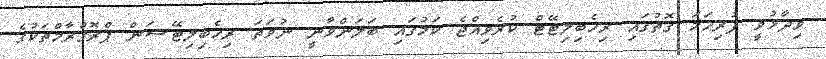
ވިދާޅުވީ ފުރިހަމަ ގޮތުގައި ރިހެބިލިޓޭޓް ކުރެވިއްޖެ ކަމުގައި ބަލަންވާނީ ނުވަތަ ރިހެބިލިޓޭޝަން ޕްރޮގްރާމްތަކުގެ